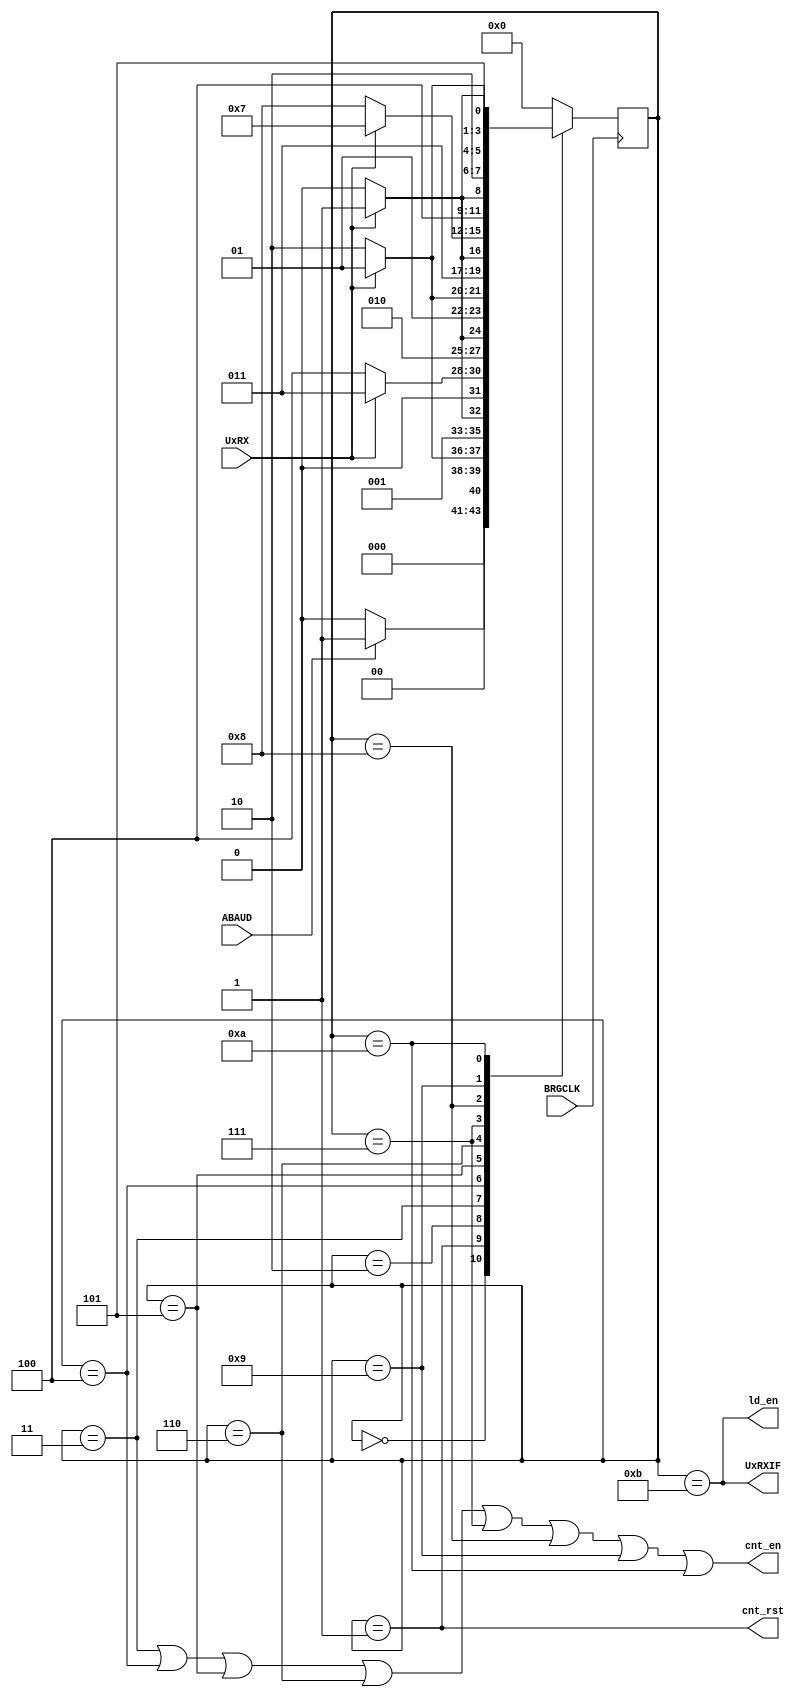
`define zero 4'b0
`define one 4'b0001
`define	two 4'b0010 
`define	three 4'b0011
`define	four 4'b0100
`define five 4'b0101
`define	six 4'b0110 
`define	seven 4'b0111 
`define	eight 4'b1000
`define	nine 4'b1001 
`define	ten 4'b1010 
`define	eleven 4'b1011 

module Controller(ABAUD,
 	UxRX,
	BRGCLK,
	UxRXIF,
	ld_en,
	cnt_rst,
	cnt_en);
	input ABAUD, UxRX, BRGCLK;
	output UxRXIF, ld_en, cnt_rst, cnt_en;
	reg [3 : 0] ps;
	reg [3 : 0] ns;
	assign ld_en = (ps == 4'b1011);
	assign cnt_en = (ps == 4'b0011) | (ps == 4'b0100) | (ps == 4'b0101) | (ps == 4'b0110) | (ps == 4'b0111) |
			(ps == 4'b1000) | (ps == 4'b1001) | (ps == 4'b1010);
	assign cnt_rst = (ps == 4'b0001);
	assign UxRXIF = (ps == 4'b1011);
	always @(ps, ABAUD, UxRX)
	begin
		ns = 0;
		case (ps)
			`zero : ns = ABAUD ? `one : `zero;
			`one : ns = UxRX ? `one : `two;
			`two : ns = UxRX ? `three : `two;
			`three : ns = UxRX ? `three : `four;
			`four : ns = UxRX ? `five : `four;
			`five : ns = UxRX ? `five : `six;
			`six : ns = UxRX ? `seven : `six;
			`seven : ns = UxRX ? `seven : `eight;
			`eight : ns = UxRX ? `nine : `eight;
			`nine : ns = UxRX ? `nine : `ten;
			`ten : ns = UxRX ? `eleven : `ten;
			`eleven : ns = 4'b0;
			default : ns = 4'b0;
		endcase
	end
	always @(posedge BRGCLK) begin
		ps <= ns;
		
	end
endmodule